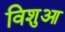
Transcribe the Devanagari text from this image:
विशुआ